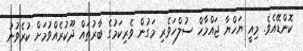
ކޮންޑޭއެވެ. މިއީ ޔަހްޔާ ޖައްމާހް ސުލްހަވެރި މަގުން ވެރިކަމުގެ ބާރުތައް ދޫކުރެއްވުމަށް ކުރެވުނު